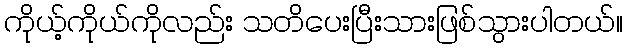
ကိုယ့်ကိုယ်ကိုလည်း သတိပေးပြီးသားဖြစ်သွားပါတယ်။